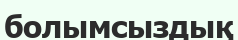
болымсыздық